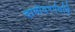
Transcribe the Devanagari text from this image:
दामोदरपंतांचे